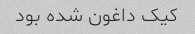
کیک داغون شده بود